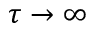
\tau \to \infty